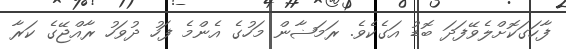
ފާހަގަކޮށްލެވޭފަދަ ބޮޑު އަގެކެވެ. ރަމަޟާން މަހުގެ އެންމެ ފަހު ދުވަހު ރާއްޖޭގެ ކަރާ